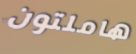
هاملتون